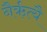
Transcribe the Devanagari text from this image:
नैर्ऋत्यै